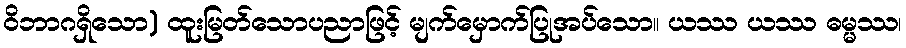
ဝိဘာဂရှိသော) ထူးမြတ်သောပညာဖြင့် မျက်မှောက်ပြုအပ်သော။ ယဿ ယဿ ဓမ္မဿ၊